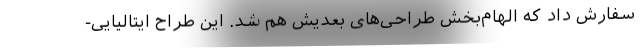
سفارش داد که الهام‌بخش طراحی‌های بعدیش هم شد. این طراح ایتالیایی-